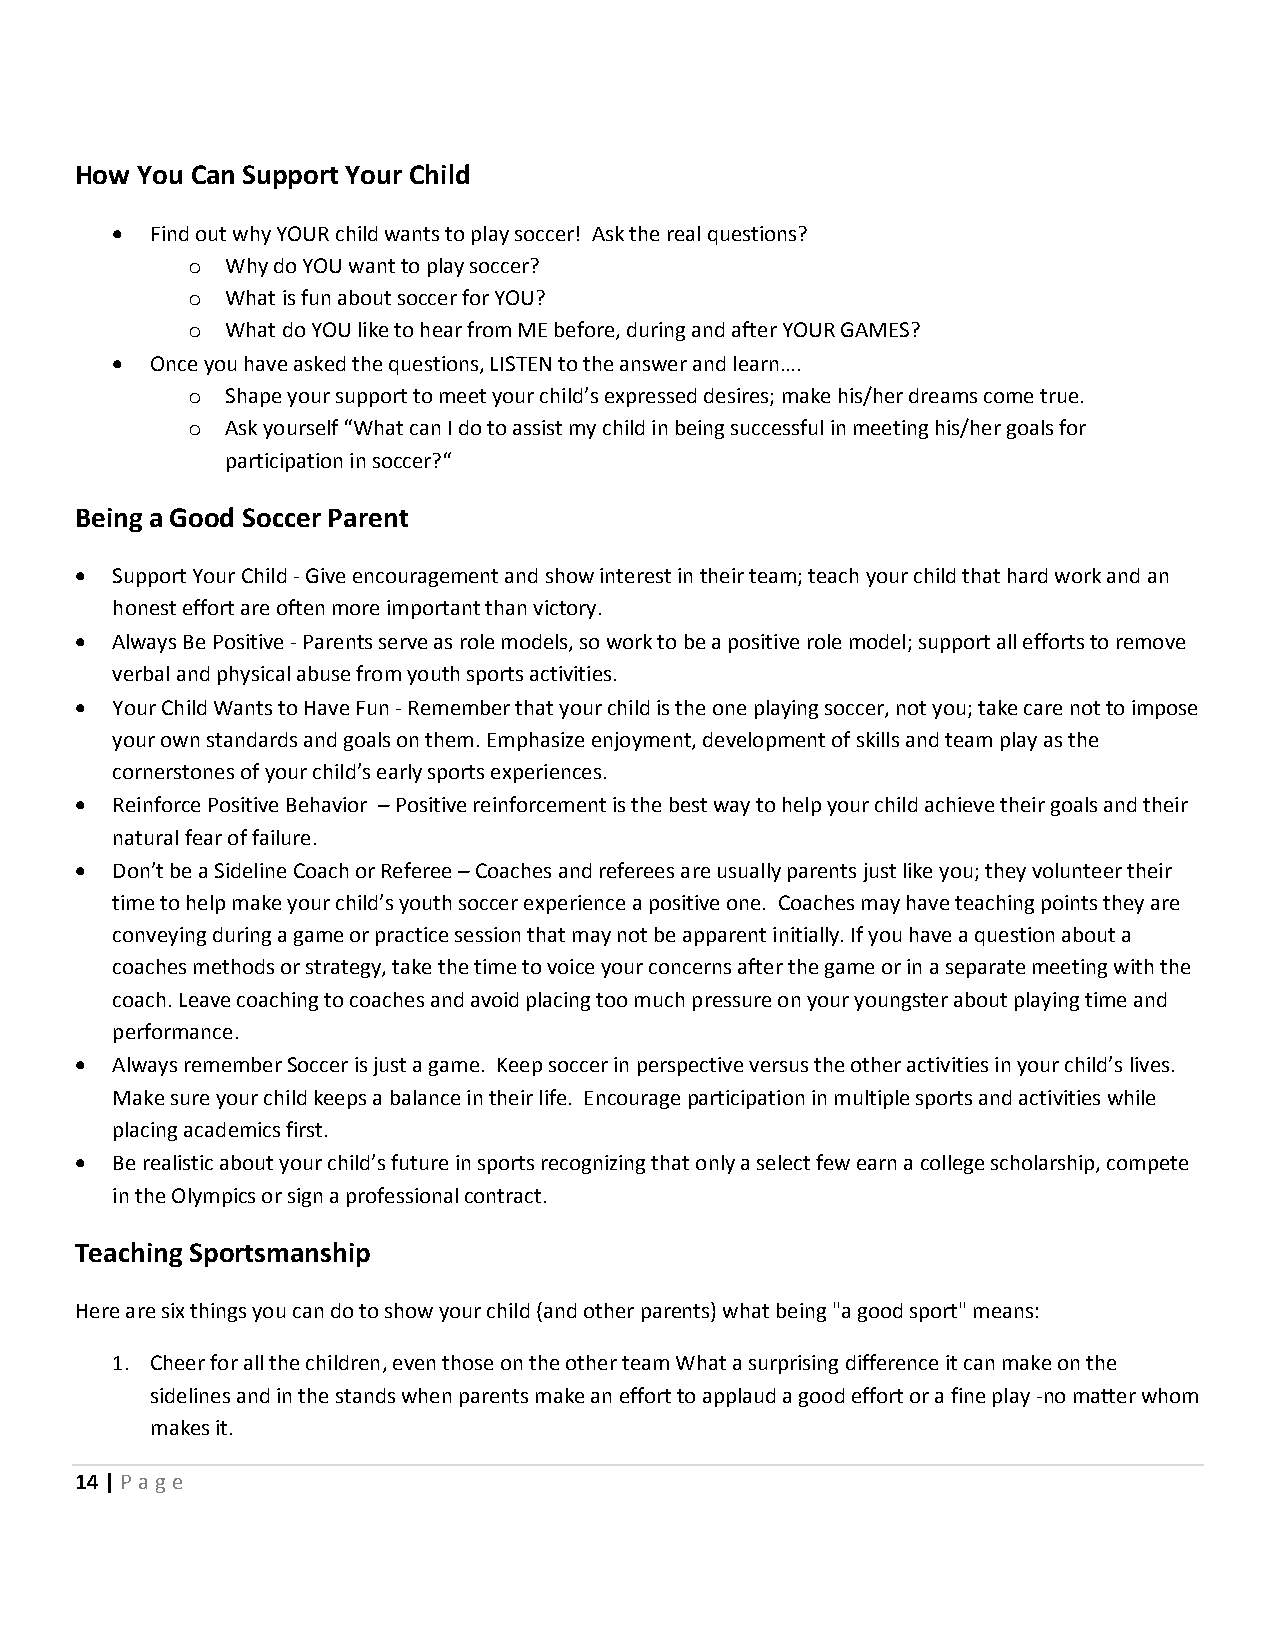
How You Can Support Your Child
   Find out why YOUR child wants to play soccer! Ask the real questions?
 o  Why do YOU want to play soccer?
 o  What is fun about soccer for YOU?
 o  What do YOU like to hear from ME before, during and after YOUR GAMES?
   Once you have asked the questions, LISTEN to the answer and learn….
 o  Shape your support to meet your child’s expressed desires; make his/her dreams come true.
 o  Ask yourself “What can I do to assist my child in being successful in meeting his/her goals for
 participation in soccer?“
 Being a Good Soccer Parent
  Support Your Child - Give encouragement and show interest in their team; teach your child that hard work and an
 honest effort are often more important than victory.
  Always Be Positive - Parents serve as role models, so work to be a positive role model; support all efforts to remove
 verbal and physical abuse from youth sports activities.
  Your Child Wants to Have Fun - Remember that your child is the one playing soccer, not you; take care not to impose
 your own standards and goals on them. Emphasize enjoyment, development of skills and team play as the
 cornerstones of your child’s early sports experiences.
  Reinforce Positive Behavior – Positive reinforcement is the best way to help your child achieve their goals and their
 natural fear of failure.
  Don’t be a Sideline Coach or Referee – Coaches and referees are usually parents just like you; they volunteer their
 time to help make your child’s youth soccer experience a positive one. Coaches may have teaching points they are
 conveying during a game or practice session that may not be apparent initially. If you have a question about a
 coaches methods or strategy, take the time to voice your concerns after the game or in a separate meeting with the
 coach. Leave coaching to coaches and avoid placing too much pressure on your youngster about playing time and
 performance.
  Always remember Soccer is just a game. Keep soccer in perspective versus the other activities in your child’s lives.
 Make sure your child keeps a balance in their life. Encourage participation in multiple sports and activities while
 placing academics first.
  Be realistic about your child’s future in sports recognizing that only a select few earn a college scholarship, compete
 in the Olympics or sign a professional contract.
 Teaching Sportsmanship
 Here are six things you can do to show your child (and other parents) what being "a good sport" means:
 1. Cheer for all the children, even those on the other team What a surprising difference it can make on the
 sidelines and in the stands when parents make an effort to applaud a good effort or a fine play -no matter whom
 makes it.
 14 | P age